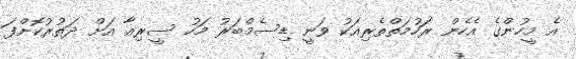
އެ މީހުންގެ އެހެން ރަހުމަތްތެރިއަކު ވަނީ ޑިސެމްބަރު މަހު ސީރިއާ އަށް ދަތުރުކޮށްފަ